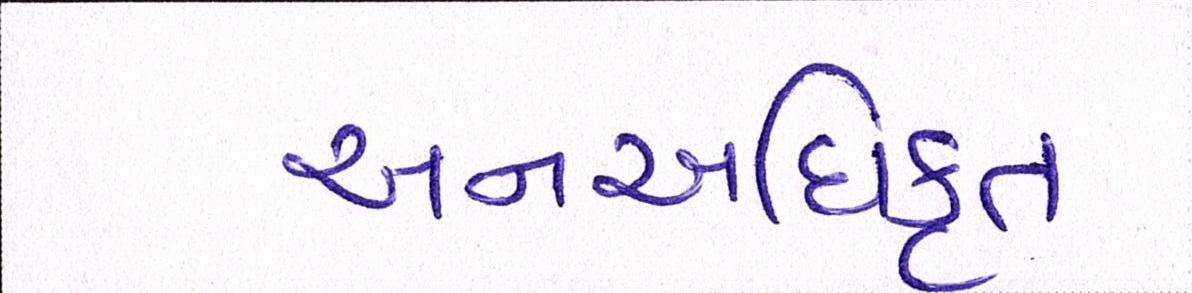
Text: અનઅધિકૃત